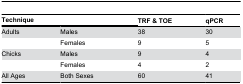
| <COLSPAN=2> Technique | TRF & TOE | qPCR |
 | --- | --- | --- | --- |
 | Adults | Males | 38 | 30 |
 |  | Females | 9 | 5 |
 | Chicks | Males | 9 | 4 |
 |  | Females | 4 | 2 |
 | All Ages | Both Sexes | 60 | 41 |